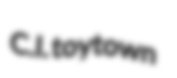
C.I. toytown